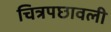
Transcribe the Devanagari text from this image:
चित्रपछावली